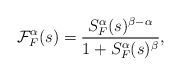
LaTeX: \begin{align*} \mathcal{F}_{F}^{\alpha}(s)=\frac{S_{F}^{\alpha}(s)^{\beta-\alpha}}{1+S_{F}^{\alpha}(s)^{\beta}},\end{align*}